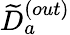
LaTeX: {\widetilde{D}}_{a}^{(out)}